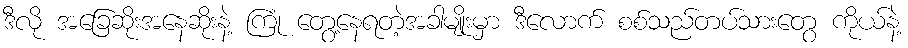
ဒီလို အခြေဆိုးအနေဆိုးနဲ့ ကြုံ တွေ့နေရတဲ့အခါမျိုးမှာ ဒီလောက် စစ်သည်တပ်သားတွေ ကိုယ်နဲ့